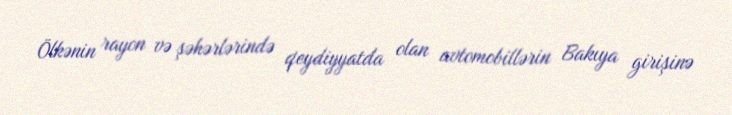
Ölkənin rayon və şəhərlərində qeydiyyatda olan avtomobillərin Bakıya girişinə